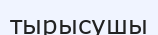
тырысушы